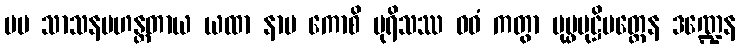
မမ သာသနမဟန္တတာယ ယထာ နာမ ကောစိ ပုရိသဿ ဝဓံ ကတွာ ပုပ္ဖမုဋ္ဌိမတ္တေန ဒဏ္ဍေန